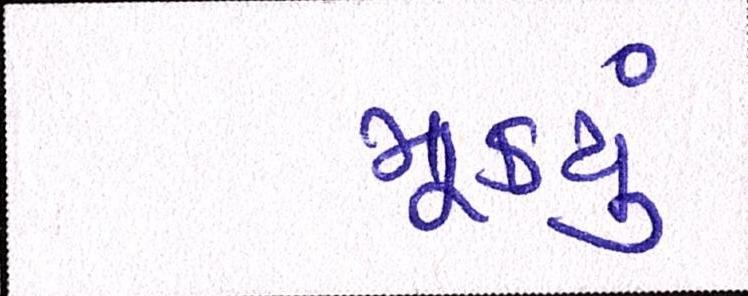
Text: મૂક્યું